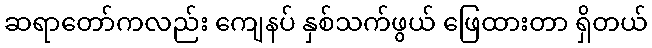
ဆရာတော်ကလည်း ကျေနပ် နှစ်သက်ဖွယ် ဖြေထားတာ ရှိတယ်